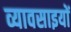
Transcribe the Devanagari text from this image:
व्यावसाइयों